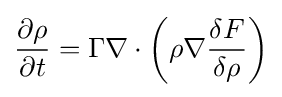
{\frac {\partial \rho }{\partial t}}=\Gamma \nabla \cdot \left(\rho \nabla {\frac {\delta F}{\delta \rho }}\right)